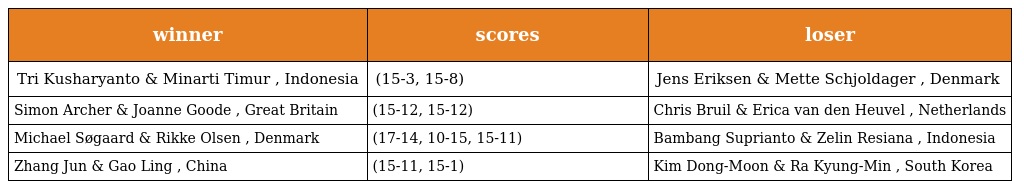
| winner | scores | loser |
 | --- | --- | --- |
 | Tri Kusharyanto & Minarti Timur , Indonesia | (15-3, 15-8) | Jens Eriksen & Mette Schjoldager , Denmark |
 | Simon Archer & Joanne Goode , Great Britain | (15-12, 15-12) | Chris Bruil & Erica van den Heuvel , Netherlands |
 | Michael Søgaard & Rikke Olsen , Denmark | (17-14, 10-15, 15-11) | Bambang Suprianto & Zelin Resiana , Indonesia |
 | Zhang Jun & Gao Ling , China | (15-11, 15-1) | Kim Dong-Moon & Ra Kyung-Min , South Korea |